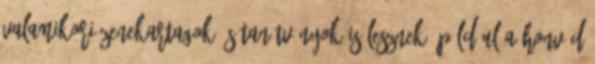
valamikori zenekartagok és tanítványok is lesznek. Például a Honvéd